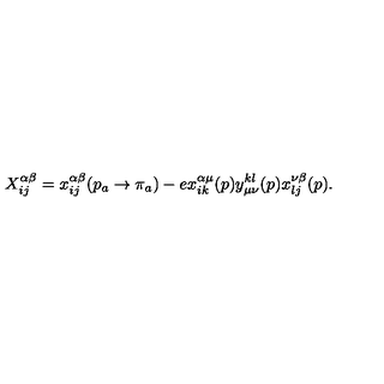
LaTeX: X _ { i j } ^ { \alpha \beta } = x _ { i j } ^ { \alpha \beta } ( p _ { a } \rightarrow \pi _ { a } ) - e x _ { i k } ^ { \alpha \mu } ( p ) y _ { \mu \nu } ^ { k l } ( p ) x _ { l j } ^ { \nu \beta } ( p ) .